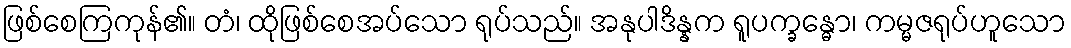
ဖြစ်စေကြကုန်၏။ တံ၊ ထိုဖြစ်စေအပ်သော ရုပ်သည်။ အနုပါဒိန္နက ရူပက္ခန္ဓော၊ ကမ္မဇရုပ်ဟူသော